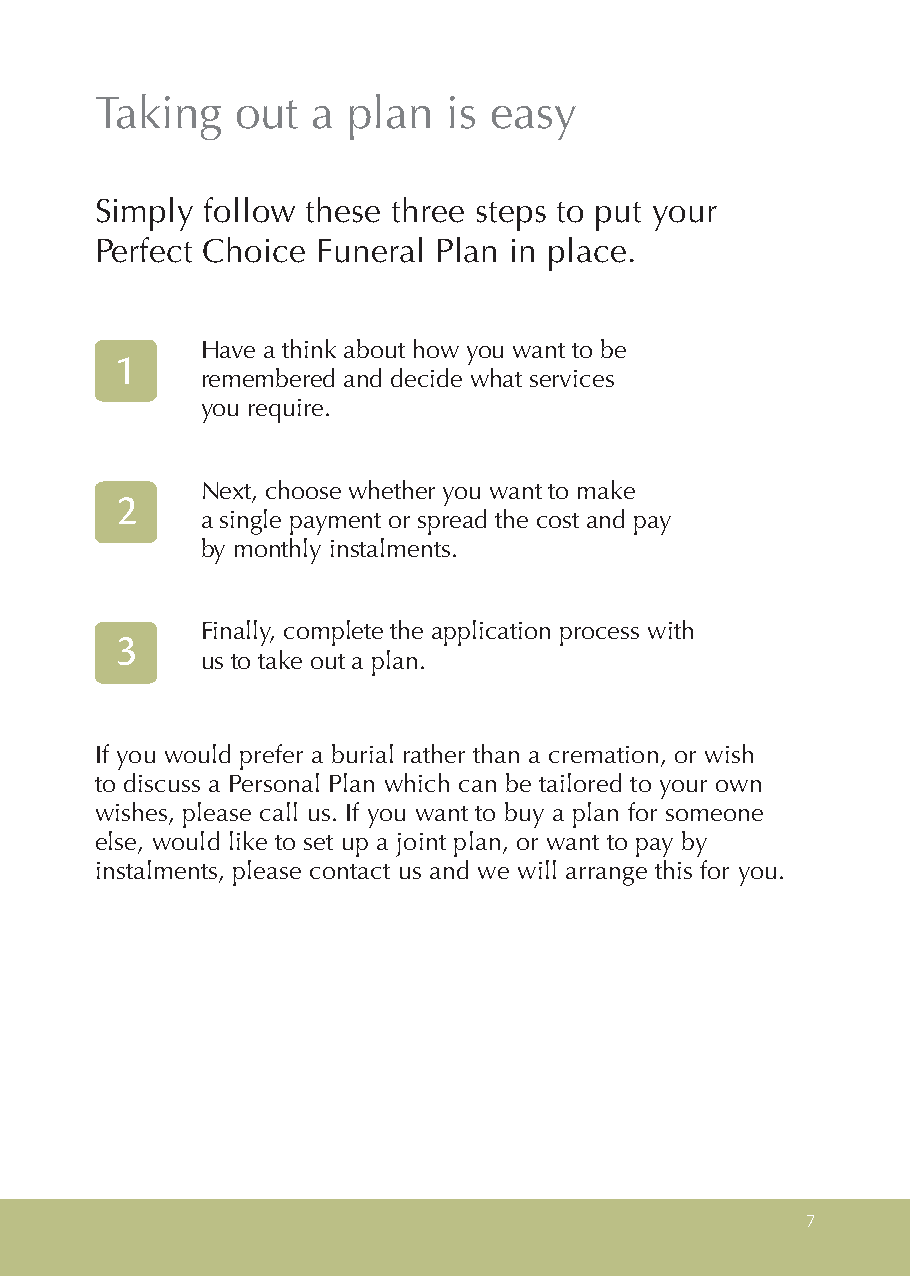
Taking    out  a plan   is easy
 Simply  follow these three steps to put your
 Perfect Choice Funeral Plan in place.
 Have a think about how you want to be
 1
 remembered and decide what services
 you require.
 Next, choose whether you want to make
 2
 a single payment or spread the cost and pay
 by monthly instalments.
 Finally, complete the application process with
 3
 us to take out a plan.
 If you would prefer a burial rather than a cremation, or wish
 to discuss a Personal Plan which can be tailored to your own
 wishes, please call us. If you want to buy a plan for someone
 else, would like to set up a joint plan, or want to pay by
 instalments, please contact us and we will arrange this for you.
 7